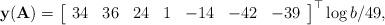
LaTeX: \begin{align*}\mathbf{y}(\mathbf{A}) = \left[\begin{array}{ccccccc} 34 & 36 & 24 & 1 & -14 & -42 & -39 \\\end{array}\right]^\top \log b / 49,\end{align*}